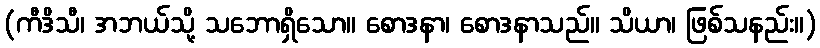
(ကီဒိသီ၊ အဘယ်သို့ သဘောရှိသော။ စောဒနာ၊ စောဒနာသည်။ သိယာ၊ ဖြစ်သနည်း။)